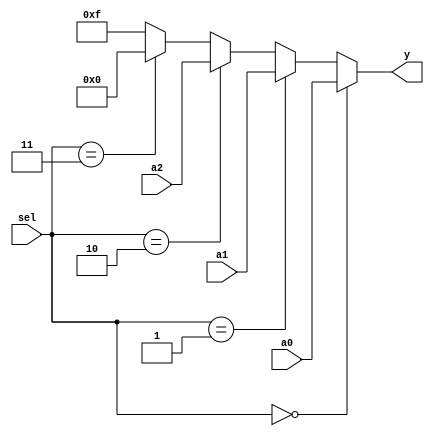
module three_choices(
    input [3:0] a0, a1, a2,
    input [1:0] sel,
    output [3:0] y
);

assign y = (sel == 2'b00) ? a0 :
            (sel == 2'b01)? a1 :
            (sel == 2'b10)? a2 :
            (sel == 2'b11)? 4'b0000 : //If sel is three, the output should be 0.
            4'b1111;                  //Error case... I would set it to 0, but didn't want to confuse it with sel=3 for this example

endmodule

// Question: Write an assign instruction to set an output between three possible signals a0[3:0],a1[3:0], a2[3:0], based on another signal value sel.
//
// Output choices for a0,a1,a2 are = 'X' when chosen, because no meaningful value was defined.
// If a number such as 0, 1 , or 2 is defined, then the output would change accordingly.